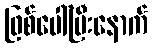
ဖြစ်ပေါ်ပြီးနောက်